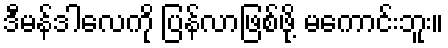
ဒီမန်ဒါလေကို ပြန်လာဖြစ်ဖို့ မကောင်းဘူး။